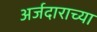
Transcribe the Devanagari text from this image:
अर्जदाराच्या